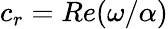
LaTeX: c_{r}=Re(\omega/\alpha)